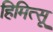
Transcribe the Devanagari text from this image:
हिमित्सू